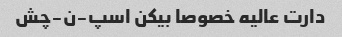
دارت عالیه خصوصا بیکن اسپ-ن-چش